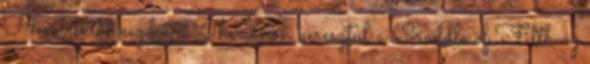
Hendrixtől kezdve a Therionon keresztül a Craddle of Filth-ig